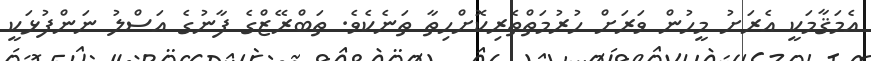
އެމަޤާމަކީ އެރަށު މީހުން ވަރަށް ހުރުމަތްތެރިކޮށްހިތާ ތަނެކެވެ. ތަބްރޭޒްގެ ފާނުގެ އަސްލު ނަންފުޅަކީ